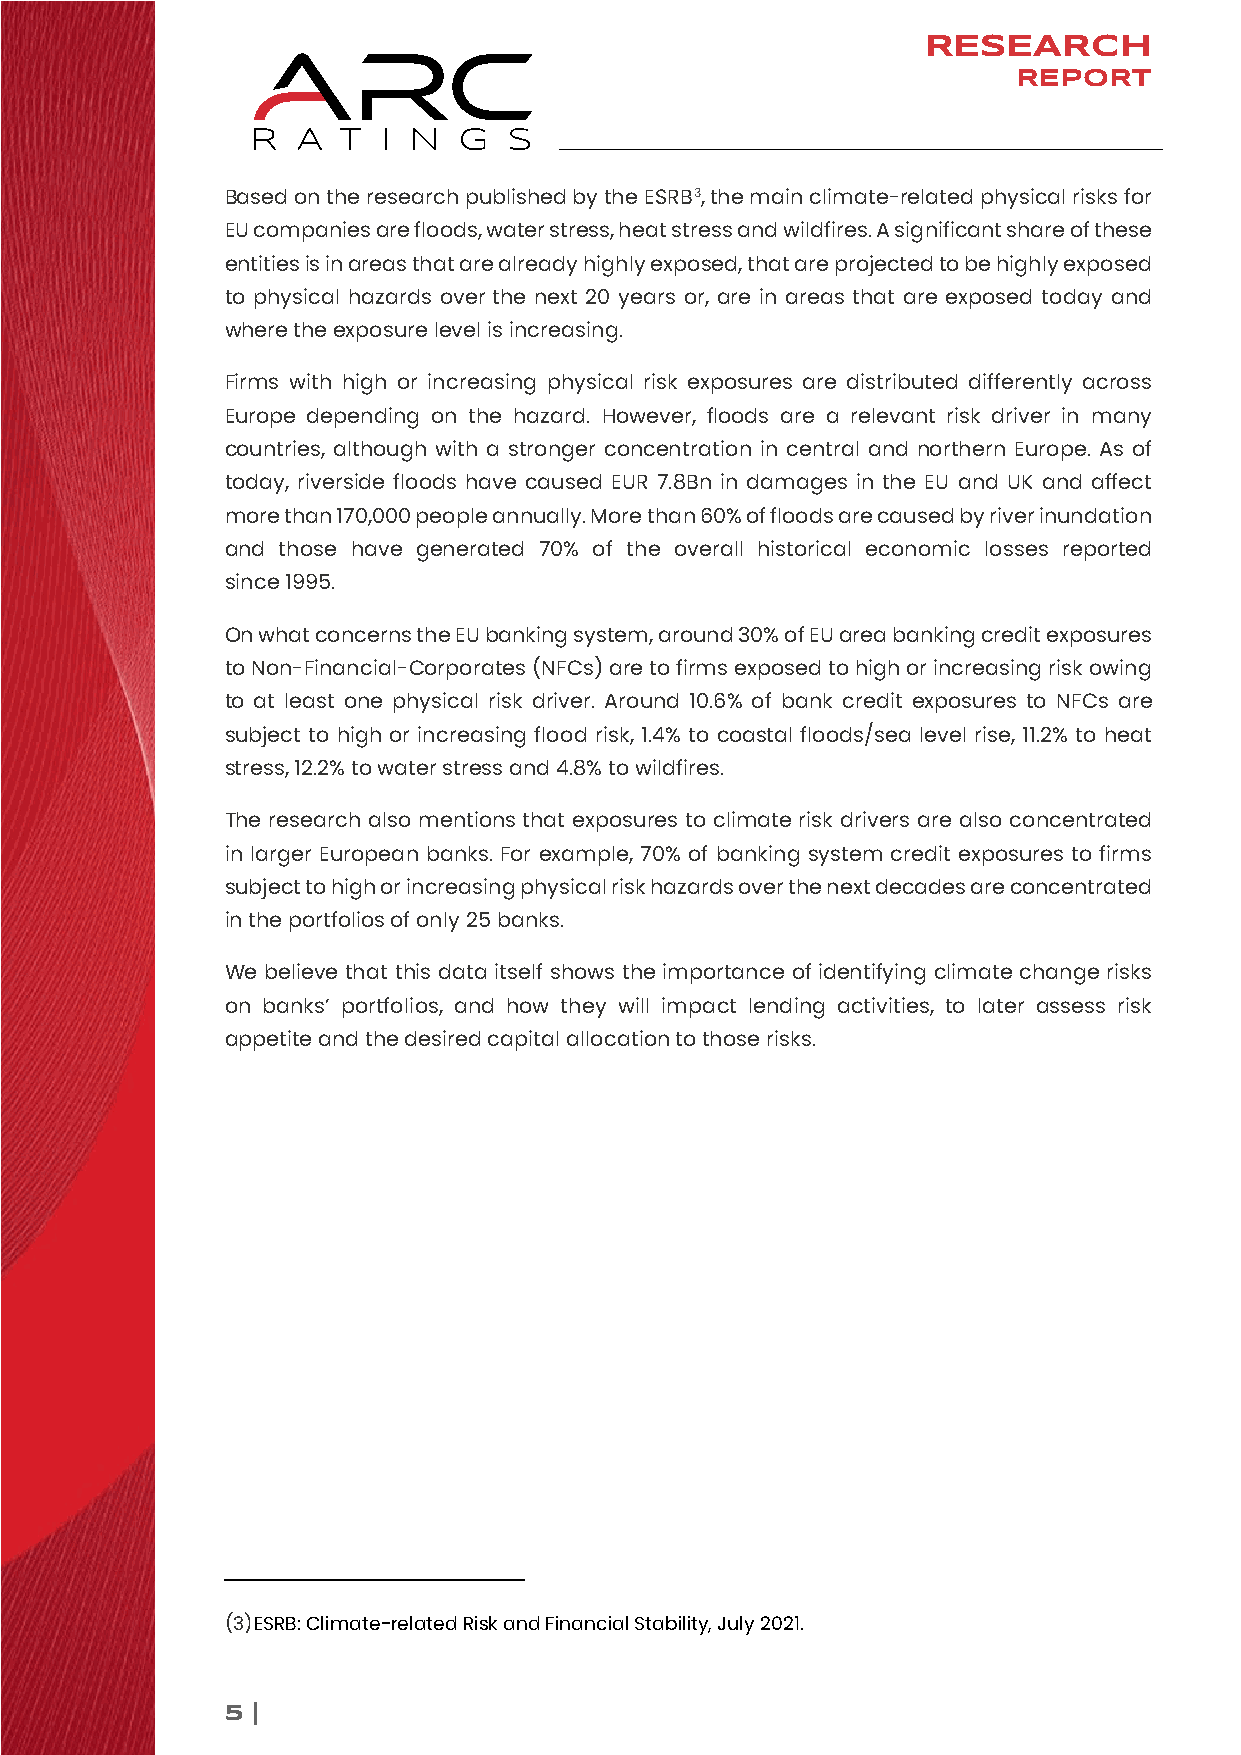
RESEARCH
 REPORT
 Based on the research published by the ESRB3, the main climate-related physical risks for
 EU companies are floods, water stress, heat stress and wildfires. A significant share of these
 entities is in areas that are already highly exposed, that are projected to be highly exposed
 to physical hazards over the next 20 years or, are in areas that are exposed today and
 where the exposure level is increasing.
 Firms with high or increasing physical risk exposures are distributed differently across
 Europe depending on the hazard. However, floods are a relevant risk driver in many
 countries, although with a stronger concentration in central and northern Europe. As of
 today, riverside floods have caused EUR 7.8Bn in damages in the EU and UK and affect
 more than 170,000 people annually. More than 60% of floods are caused by river inundation
 and those have generated 70% of the overall historical economic losses reported
 since 1995.
 On what concerns the EU banking system, around 30% of EU area banking credit exposures
 to Non-Financial-Corporates (NFCs) are to firms exposed to high or increasing risk owing
 to at least one physical risk driver. Around 10.6% of bank credit exposures to NFCs are
 subject to high or increasing flood risk, 1.4% to coastal floods/sea level rise, 11.2% to heat
 stress, 12.2% to water stress and 4.8% to wildfires.
 The research also mentions that exposures to climate risk drivers are also concentrated
 in larger European banks. For example, 70% of banking system credit exposures to firms
 subject to high or increasing physical risk hazards over the next decades are concentrated
 in the portfolios of only 25 banks.
 We believe that this data itself shows the importance of identifying climate change risks
 on banks’ portfolios, and how they will impact lending activities, to later assess risk
 appetite and the desired capital allocation to those risks.
 (3) ESRB: Climate-related Risk and Financial Stability, July 2021.
 5 |